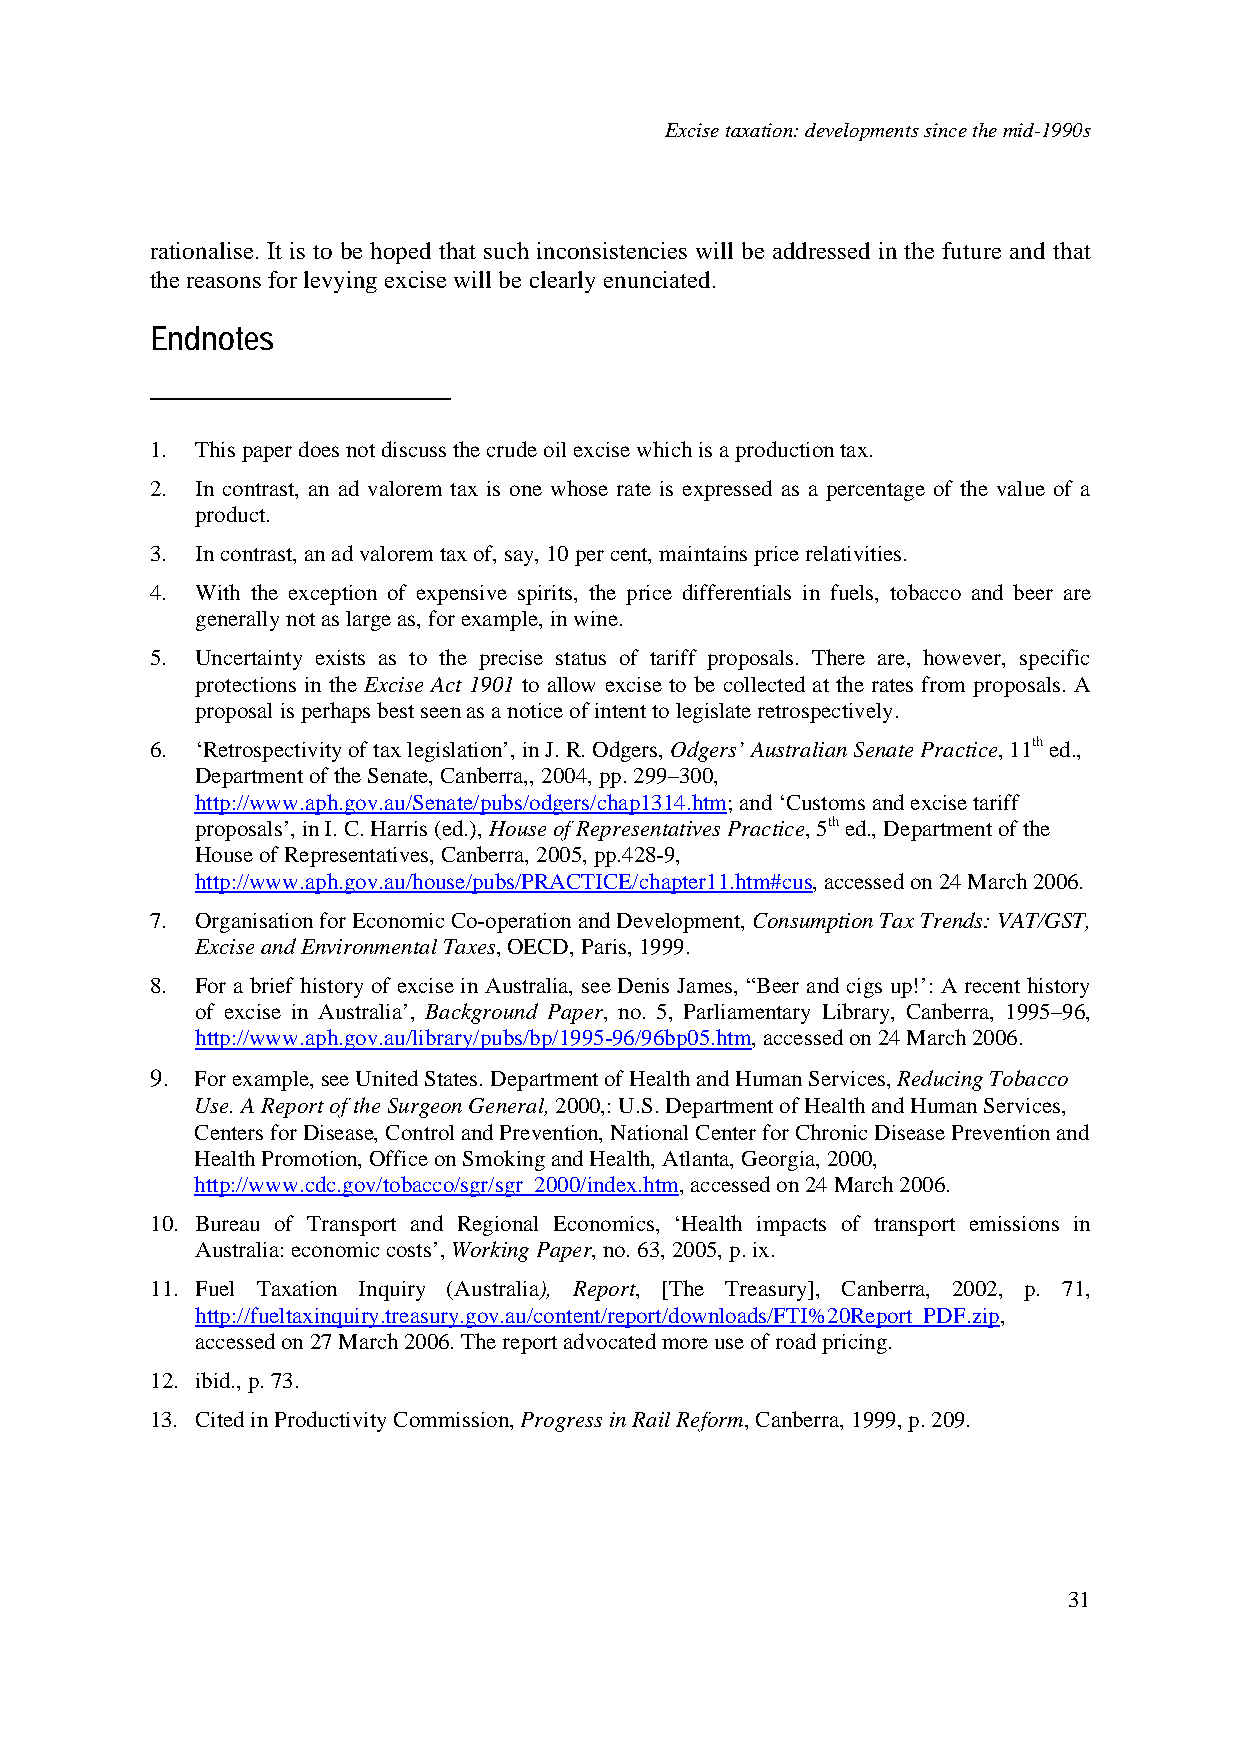
Excise taxation: developments since the mid-1990s
 rationalise. It is to be hoped that such inconsistencies will be addressed in the future and that
 the reasons for levying excise will be clearly enunciated.
 Endnotes
 1. This paper does not discuss the crude oil excise which is a production tax.
 2. In contrast, an ad valorem tax is one whose rate is expressed as a percentage of the value of a
 product.
 3. In contrast, an ad valorem tax of, say, 10 per cent, maintains price relativities.
 4. With the exception of expensive spirits, the price differentials in fuels, tobacco and beer are
 generally not as large as, for example, in wine.
 5. Uncertainty exists as to the precise status of tariff proposals. There are, however, specific
 protections in the Excise Act 1901 to allow excise to be collected at the rates from proposals. A
 proposal is perhaps best seen as a notice of intent to legislate retrospectively.
 6. ‘Retrospectivity of tax legislation’, in J. R. Odgers, Odgers’ Australian Senate Practice, 11th ed.,
 Department of the Senate, Canberra,, 2004, pp. 299–300,
 http://www.aph.gov.au/Senate/pubs/odgers/chap1314.htm; and ‘Customs and excise tariff
 proposals’, in I. C. Harris (ed.), House of Representatives Practice, 5th ed., Department of the
 House of Representatives, Canberra, 2005, pp.428-9,
 http://www.aph.gov.au/house/pubs/PRACTICE/chapter11.htm#cus, accessed on 24 March 2006.
 7. Organisation for Economic Co-operation and Development, Consumption Tax Trends: VAT/GST,
 Excise and Environmental Taxes, OECD, Paris, 1999.
 8. For a brief history of excise in Australia, see Denis James, “Beer and cigs up!’: A recent history
 of excise in Australia’, Background Paper, no. 5, Parliamentary Library, Canberra, 1995–96,
 http://www.aph.gov.au/library/pubs/bp/1995-96/96bp05.htm, accessed on 24 March 2006.
 9. For example, see United States. Department of Health and Human Services, Reducing Tobacco
 Use. A Report of the Surgeon General, 2000,: U.S. Department of Health and Human Services,
 Centers for Disease, Control and Prevention, National Center for Chronic Disease Prevention and
 Health Promotion, Office on Smoking and Health, Atlanta, Georgia, 2000,
 http://www.cdc.gov/tobacco/sgr/sgr_2000/index.htm, accessed on 24 March 2006.
 10. Bureau of Transport and Regional Economics, ‘Health impacts of transport emissions in
 Australia: economic costs’, Working Paper, no. 63, 2005, p. ix.
 11. Fuel Taxation Inquiry (Australia), Report, [The Treasury], Canberra, 2002, p. 71,
 http://fueltaxinquiry.treasury.gov.au/content/report/downloads/FTI%20Report_PDF.zip,
 accessed on 27 March 2006. The report advocated more use of road pricing.
 12. ibid., p. 73.
 13. Cited in Productivity Commission, Progress in Rail Reform, Canberra, 1999, p. 209.
 31